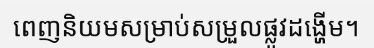
ពេញនិយមសម្រាប់សម្រួលផ្លូវដង្ហើម។